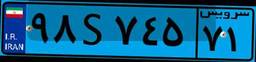
۰۶S۴۴۸۹۹